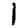
Digit: 1